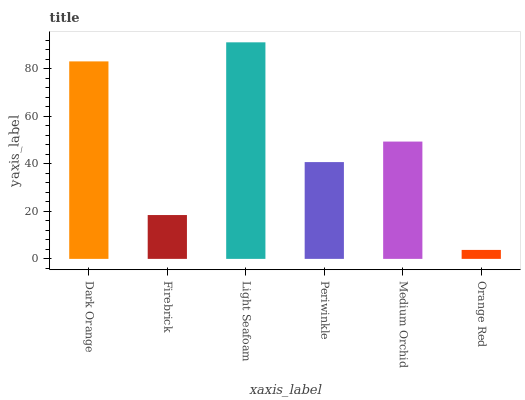
| xaxis_label | bars |
 | --- | --- |
 | Dark Orange | 83.2 |
 | Firebrick | 18.5 |
 | Light Seafoam | 91.2 |
 | Periwinkle | 40.8 |
 | Medium Orchid | 49.4 |
 | Orange Red | 3.77 |